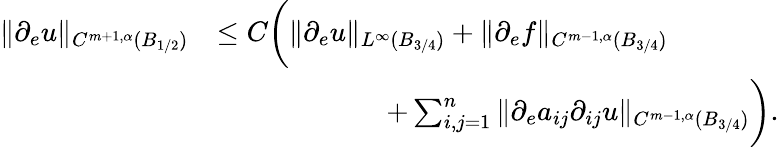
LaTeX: \begin{array}{rl}{\| \partial_{e}u\| _{C^{m+1,\alpha}(B_{1/2})}}&{\le C\bigg(\| \partial_{e}u\| _{L^{\infty}(B_{3/4})}+\| \partial_{e}f\| _{C^{m-1,\alpha}(B_{3/4})}}\\ &{\qquad\qquad\qquad+\sum_{i,j=1}^{n}\| \partial_{e}a_{ij}\partial_{ij}u\| _{C^{m-1,\alpha}(B_{3/4})}\bigg).}\end{array}